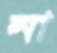
না